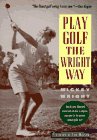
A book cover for Play Golf the Wright Way; Mickey Wright; Sports & Outdoors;